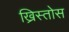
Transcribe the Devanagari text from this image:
ख्रिस्तोस